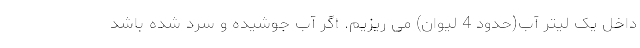
داخل یک لیتر آب(حدود 4 لیوان) می ریزیم. اگر آب جوشیده و سرد شده باشد